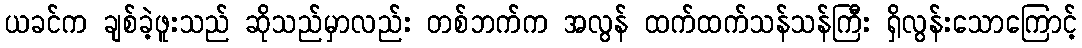
ယခင်က ချစ်ခဲ့ဖူးသည် ဆိုသည်မှာလည်း တစ်ဘက်က အလွန် ထက်ထက်သန်သန်ကြီး ရှိလွန်းသောကြောင့်